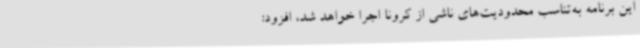
این برنامه به‌تناسب محدودیت‌های ناشی از کرونا اجرا خواهد شد، افزود: